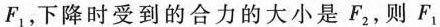
F_{1}，下降时受到的合力的大小是F_{2}，则F_{1}